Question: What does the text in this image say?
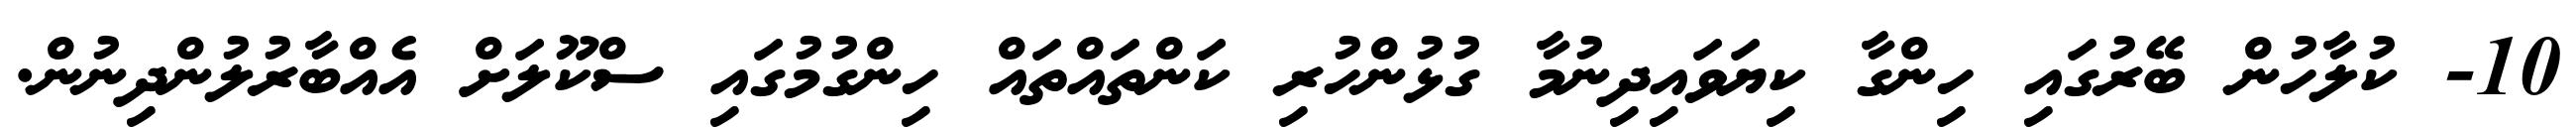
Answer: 10- ކުލާހުން ބޭރުގައި ހިންގާ ކިޔަވައިދިނުމާ ގުޅުންހުރި ކަންތައްތައް ހިންގުމުގައި ސްކޫލަށް އެއްބާރުލުންދިނުން.